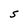
Character: S